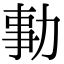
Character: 𠡯